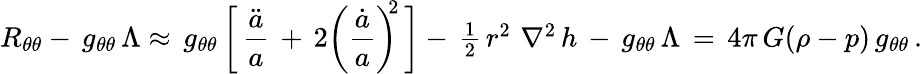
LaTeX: R_{\theta\theta}-\, g_{\theta\theta}\, \Lambda\approx\, g_{\theta\theta}\, \biggl[\, \frac{\ddot{a}}{a}\, +\, 2\left(\frac{\dot{a}}{a}\right)^{\! \! 2}\, \biggr]-\, \textstyle{\frac{1}{2}}\, r^{2}\, \, \nabla^{2}\, h\, -\, g_{\theta\theta}\, \Lambda\, =\, 4\pi\, G(\rho-p)\, g_{\theta\theta}\, .